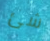
شئ